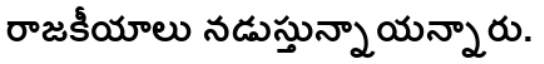
రాజకీయాలు నడుస్తున్నాయన్నారు.